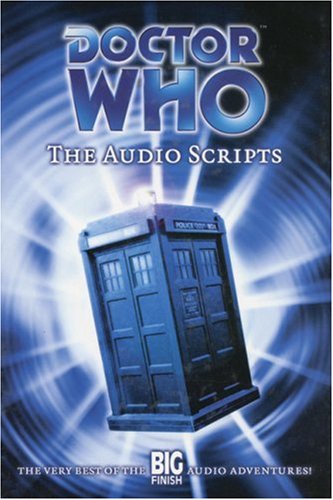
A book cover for Doctor Who: The Audio Scripts - The Very Best of the Big Finish Audio Adventures! (v. 1); Big Finish Productions Ltd; Humor & Entertainment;